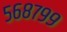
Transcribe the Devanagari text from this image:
५६८७९९